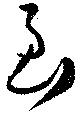
至